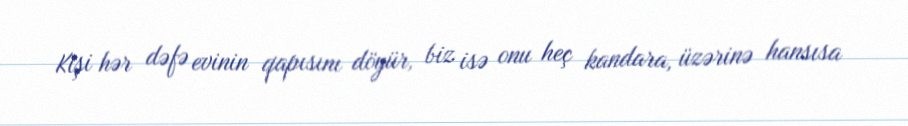
Kişi hər dəfə evinin qapısını döyür, biz isə onu heç kandara, üzərinə hansısa